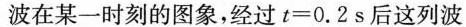
波在某一时刻的图象，经过t=0.2s后这列波